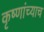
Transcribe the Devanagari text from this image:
कृष्णांच्याच